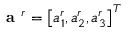
\textbf { a } ^ { r } = \left[ a _ { 1 } ^ { r } , a _ { 2 } ^ { r } , a _ { 3 } ^ { r } \right] ^ { T }